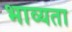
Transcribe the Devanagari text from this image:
भाव्‍यता